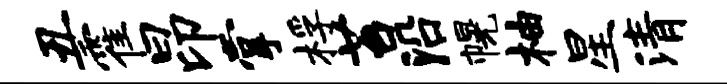
丑霍昂掌桴苔沿幌柚星清